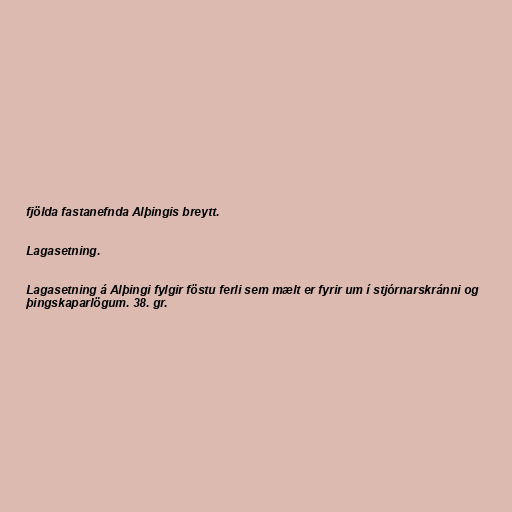
fjölda fastanefnda Alþingis breytt.

Lagasetning.

Lagasetning á Alþingi fylgir föstu ferli sem mælt er fyrir um í stjórnarskránni og
þingskaparlögum. 38. gr.